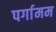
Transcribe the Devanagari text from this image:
पर्गामम